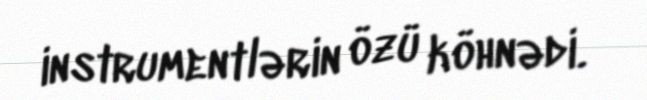
instrumentlərin özü köhnədi.